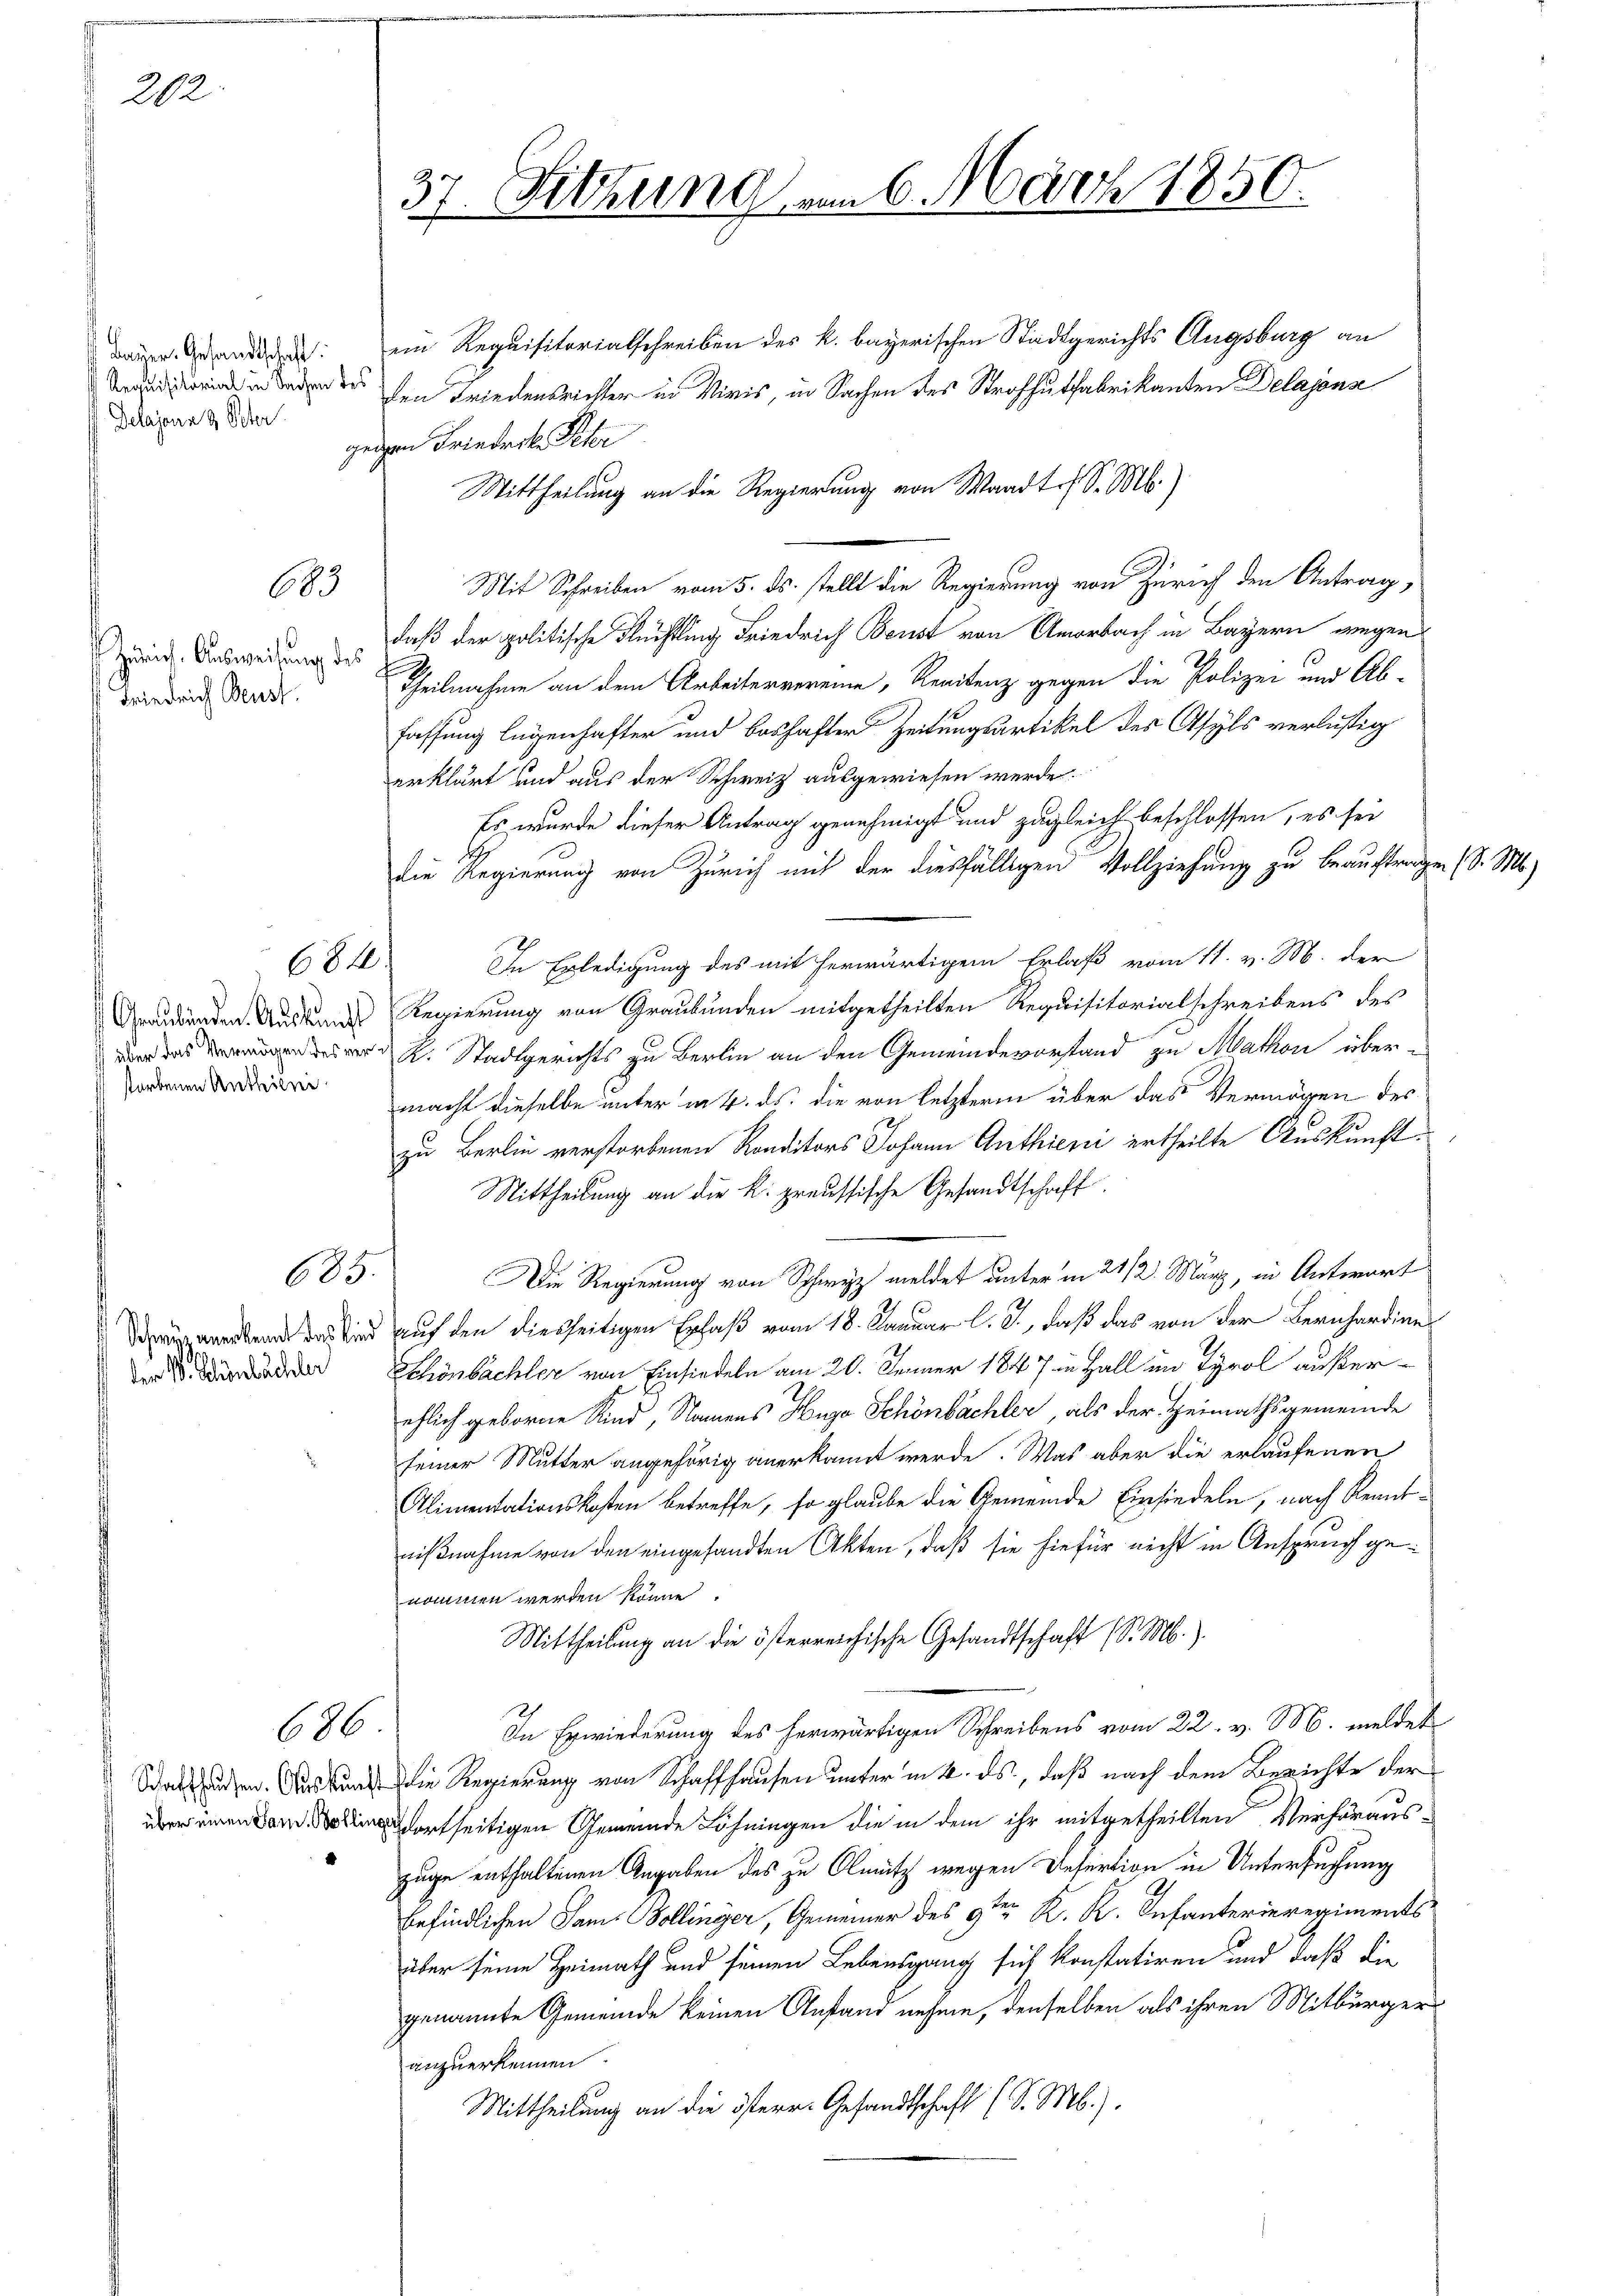
202

Bauer. Gesandtschaft
Delajann 9 Peter

685

Zürich. Ausweisung des
Friedrich Beust.

storbenen Antheilei

684

685.

der V. Schönbächler

686

37. Sitzung vom 6. März 1850.

ein Requisitorialschreiben des k. bayerischen Stadtgerichts Augsburg an
 in den des den Friedensrichter in Viris, in Sachen des Strafhutfabrikanten Delajons
geigen Friederko Peter
Mittheilung an die Regierung von Waadt. S. M.)
Mit Schreiben vom 5. ds. stellt die Regierung von Zürich den Antrag,
daß der politische Flüchtling Friedrich Bonst von Amorbach in Bayern wegen
s
Theilnahme an dem Arbeitervereine, Renitenz gegen die Polizei und Ab-
fassung legenhafter und boshafter Zeitungsartikel des Asyls verlustig
erklärt und aus der Schweiz ausgewiesen werde.
Es wurde dieser Antrag genehmigt und zugleich beschlossen, es sei
die Regierung von Zürich mit der diesfälligen Vollziehung zu beauftragen (S. Ms.
In Erledigung des mit herwärtigem Erlaß vom 11. v. M. der
Arruddenden Ausstandes Regierung von Graubünden mitgetheilten Requisitorialschreibens des
k. Stadtgerichts zu Berlin an den Gemeindevorstand zu Makon über-
macht dieselbe unter in 4. ds. die von letzterm über das Vermögen des
zu Berlin verstorbenen Konditors Johann Anthieni ertheilte Auskunft
Mittheilung an die K. preussische Gesandtschaft
Die Regierung von Schwyz meldet unter in 21/2. März, in Antwort
 sind auf den diesseitigen Erlaß vom 18. Januar l. J., daß das von der Bernhardines
Schönbachter von Einsiedeln am 20. Jenner 1847 in Hall im Tyrol außerehlich geborne Kind, Namens Hugo Schönbächler, als der Heimathsgemeinde
seiner Mutter angehörig anerkannt werde. Was aber die erlaufenen
Alimentationskosten betreffe, so glaube die Gemeinde Einsiedeln, nach Kenntnißnahme von den eingesandten Akten, daß sie hiefür nicht in Anspruch genommen werden könne.
Mittheilung an die österreichische Gesandtschaft (S. M.).
In Erwiederung des herwärtigen Schreibens vom 22. v. M. meldet
ie Regierung von Schaffhausen unter in k. ds., daß nach dem Berichte der
ortseitigen Gemeinde Löhningen die in dem ihr mitgetheilten Verhöraus-
zuge enthaltenen Angaben des zu Olmütz wegen Refertion in Untersuchung
befindlichen Sams Bollinger, Gemeiner des 9ten K. R. Infanterieregiments
über seine Heimath und seinen Lebensgang sich konstatiren und daß die
genannte Gemeinde keinen Anstand nehme, denselben als ihren Mitbürgeranzuerkennen.
Mittheilung an die österr. Gesandtschaft (S. Mb.).